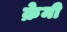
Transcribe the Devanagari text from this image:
क्रेमी